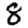
Digit: 8